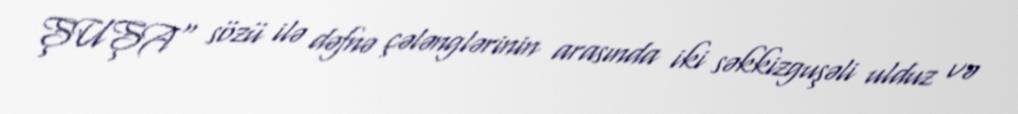
ŞUŞA" sözü ilə dəfnə çələnglərinin arasında iki səkkizguşəli ulduz və